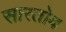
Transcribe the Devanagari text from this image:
सारतोव